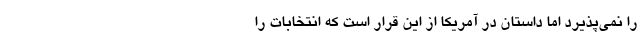
را نمی‌پذیرد اما داستان در آمریکا از این قرار است که انتخابات را